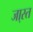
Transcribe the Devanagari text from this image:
जा्स्त